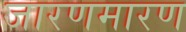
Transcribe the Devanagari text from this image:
जारणमारण